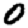
Digit: 0